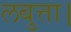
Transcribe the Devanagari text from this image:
लबुत्ता।